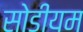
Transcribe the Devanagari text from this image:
सोडीयम